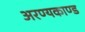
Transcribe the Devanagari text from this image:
अरण्‍यकाण्‍ड